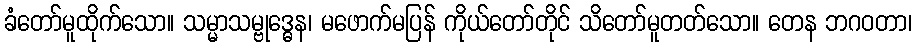
ခံတော်မူထိုက်သော။ သမ္မာသမ္ဗုဒ္ဓေန၊ မဖောက်မပြန် ကိုယ်တော်တိုင် သိတော်မူတတ်သော။ တေန ဘဂဝတာ၊